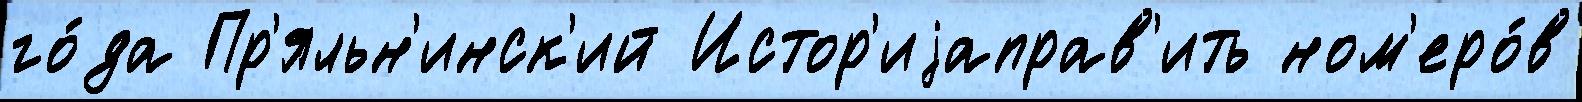
го́да Пр'яльн'инск'ий Истор'иjаправ'ить ном'еро́в